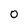
Character: 0